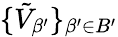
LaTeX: \{ \tilde{V}_{\beta^{\prime}}\} _{\beta^{\prime}\in B^{\prime}}